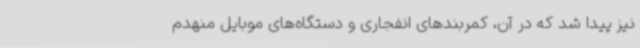
نیز پیدا شد که در آن، کمربندهای انفجاری و دستگاه‌های موبایل منهدم